Report of the Hyderabad Chloroform Commission
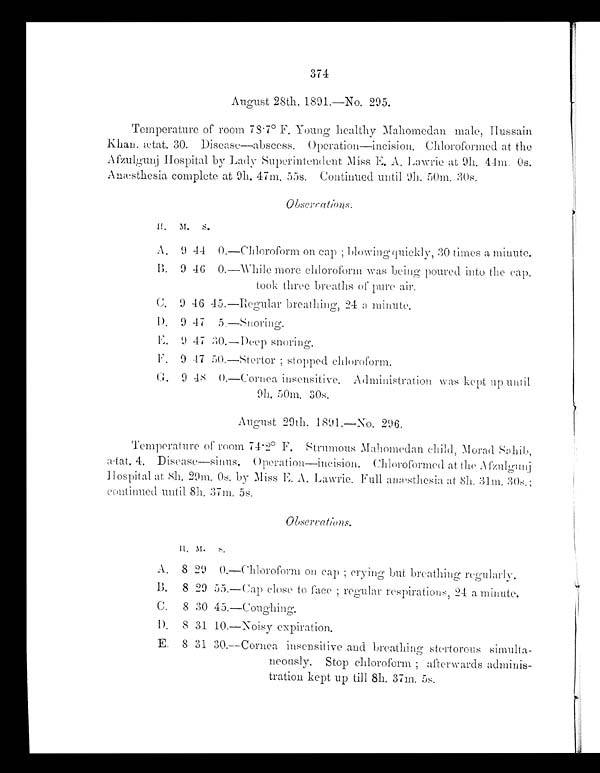
374
August 28th, 1891—No. 295.
Temperature of room 78.7° F. Young healthy Mahomedan male, Hussain
Khan. ætat. 30. Disease—abscess. Operation—incision. Chloroformed at the
Afzulgunj Hospital by Lady Superintendent Miss E. A. Lawrie at 9h. 44m. Os.
Anæsthesia complete at 9h. 47m. 55s. Continued until 9h. 50m. 30s.
H.
M. S.
A.
9 44
0. —Chloroform on cap ; blowing quickly, 30 times a minute.
B.
9 46 0.
—While more chloroform was being poured into the cap,
took three breaths of pure air.
C.
9 46
45. —Regular breathing, 24 a minute.
D.
9 47 5. —Snoring.
E.
9 47 30.
—Deep snoring.
F.
9 47 50. —Stertor ; stopped chloroform.
G .
9 48
0.
—Cornea insensitive.
Administration was kept up until
9h. 50m. 30s.
August 29th. 1891.—No. 296.
Temperature of room 74.2º F. Strumous Mahomedan child, Morad
Sahib
ætat. 4. Disease—sinus. Operation—incision. Chloroformed at the Afzulgunj
Hospital at 8h. 29m. 0s. by Miss E. A. Lawrie. Full anæsthesia at 8h. 31m. 30s.;
continued until 8h. 37m. 5s.
A.
H . M. S.
Chloroform on cap ; crying but breathing regularly.
8 29
0 .
B.
8 29
5 5 .
—Cap close to face ; regular respirations, 24 a minute.
C.
8 30
4 5 .
—Coughing.
D.
8 31
1 0 .
—Noisy expiration.
E.
8 31
3 0 .
—Cornea insensitive and breathing stertorous simulta
-
neously. Stop chloroform ; afterwards adminis
-
tration kept up till 8h. 37m. 5s.